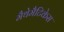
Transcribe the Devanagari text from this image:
मैथेमैटिकेस